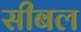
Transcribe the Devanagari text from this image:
सीबल